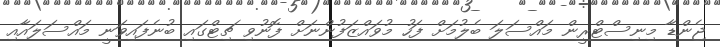
ޖެންޑާ މިނިސްޓްރީން މައްސަލަ ބެލުމަށް ފަހު މުވައްޒަފުންނަށް ފޮނުވި ޗިޓްގައި ބުނެފައިވަނީ މައްސަލައާއި